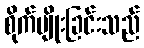
စိုက်ပျိုးခြင်းသည်